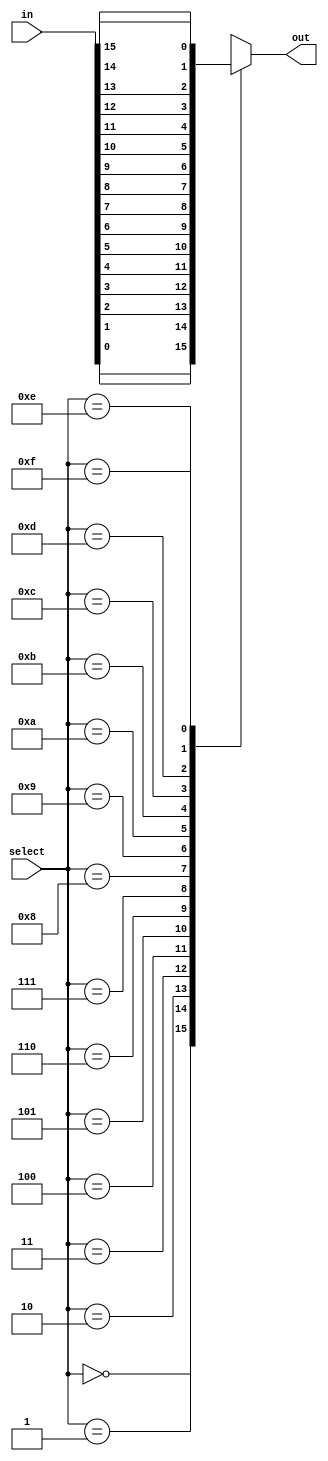

// test_simulation_mux_16_test.v
module f1_test(input [15:0] in, input [3:0] select, output reg out);

always @( in or select)
    case (select)
	    0: out = in[0];
	    1: out = in[1];
	    2: out = in[2];
	    3: out = in[3];
	    4: out = in[4];
	    5: out = in[5];
	    6: out = in[6];
	    7: out = in[7];
	    8: out = in[8];
	    9: out = in[9];
	    10: out = in[10];
	    11: out = in[11];
	    12: out = in[12];
	    13: out = in[13];
	    14: out = in[14];
	    15: out = in[15];
	endcase
endmodule

// test_simulation_mux_2_test.v
module f2_test(input [1:0] in, input select, output reg out);

always @( in or select)
    case (select)
	    0: out = in[0];
	    1: out = in[1];
	endcase
endmodule	

// test_simulation_mux_32_test.v
module f3_test(input [31:0] in, input [4:0] select, output reg out);

always @( in or select)
    case (select)
	    0: out = in[0];
	    1: out = in[1];
	    2: out = in[2];
	    3: out = in[3];
	    4: out = in[4];
	    5: out = in[5];
	    6: out = in[6];
	    7: out = in[7];
	    8: out = in[8];
	    9: out = in[9];
	    10: out = in[10];
	    11: out = in[11];
	    12: out = in[12];
	    13: out = in[13];
	    14: out = in[14];
	    15: out = in[15];
	    16: out = in[16];
	    17: out = in[17];
	    18: out = in[18];
	    19: out = in[19];
	    20: out = in[20];
	    21: out = in[21];
	    22: out = in[22];
	    23: out = in[23];
	    24: out = in[24];
	    25: out = in[25];
	    26: out = in[26];
	    27: out = in[27];
	    28: out = in[28];
	    29: out = in[29];
	    30: out = in[30];
	    31: out = in[31];
	endcase
endmodule	


// test_simulation_mux_4_test.v
module f4_test(input [3:0] in, input [1:0] select, output reg out);

always @( in or select)
    case (select)
	    0: out = in[0];
	    1: out = in[1];
	    2: out = in[2];
	    3: out = in[3];
	endcase
endmodule	

// test_simulation_mux_64_test.v
module f5_test(input [63:0] in, input [5:0] select, output reg out);

always @( in or select)
    case (select)
	    0: out = in[0];
	    1: out = in[1];
	    2: out = in[2];
	    3: out = in[3];
	    4: out = in[4];
	    5: out = in[5];
	    6: out = in[6];
	    7: out = in[7];
	    8: out = in[8];
	    9: out = in[9];
	    10: out = in[10];
	    11: out = in[11];
	    12: out = in[12];
	    13: out = in[13];
	    14: out = in[14];
	    15: out = in[15];
	    16: out = in[16];
	    17: out = in[17];
	    18: out = in[18];
	    19: out = in[19];
	    20: out = in[20];
	    21: out = in[21];
	    22: out = in[22];
	    23: out = in[23];
	    24: out = in[24];
	    25: out = in[25];
	    26: out = in[26];
	    27: out = in[27];
	    28: out = in[28];
	    29: out = in[29];
	    30: out = in[30];
	    31: out = in[31];
	    32: out = in[32];
	    33: out = in[33];
	    34: out = in[34];
	    35: out = in[35];
	    36: out = in[36];
	    37: out = in[37];
	    38: out = in[38];
	    39: out = in[39];
	    40: out = in[40];
	    41: out = in[41];
	    42: out = in[42];
	    43: out = in[43];
	    44: out = in[44];
	    45: out = in[45];
	    46: out = in[46];
	    47: out = in[47];
	    48: out = in[48];
	    49: out = in[49];
	    50: out = in[50];
	    51: out = in[51];
	    52: out = in[52];
	    53: out = in[53];
	    54: out = in[54];
	    55: out = in[55];
	    56: out = in[56];
	    57: out = in[57];
	    58: out = in[58];
	    59: out = in[59];
	    60: out = in[60];
	    61: out = in[61];
	    62: out = in[62];
	    63: out = in[63];
	endcase
endmodule	


// test_simulation_mux_8_test.v
module f6_test(input [7:0] in, input [2:0] select, output reg out);

always @( in or select)
    case (select)
	    0: out = in[0];
	    1: out = in[1];
	    2: out = in[2];
	    3: out = in[3];
	    4: out = in[4];
	    5: out = in[5];
	    6: out = in[6];
	    7: out = in[7];
	endcase
endmodule